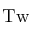
\mathrm { T w }